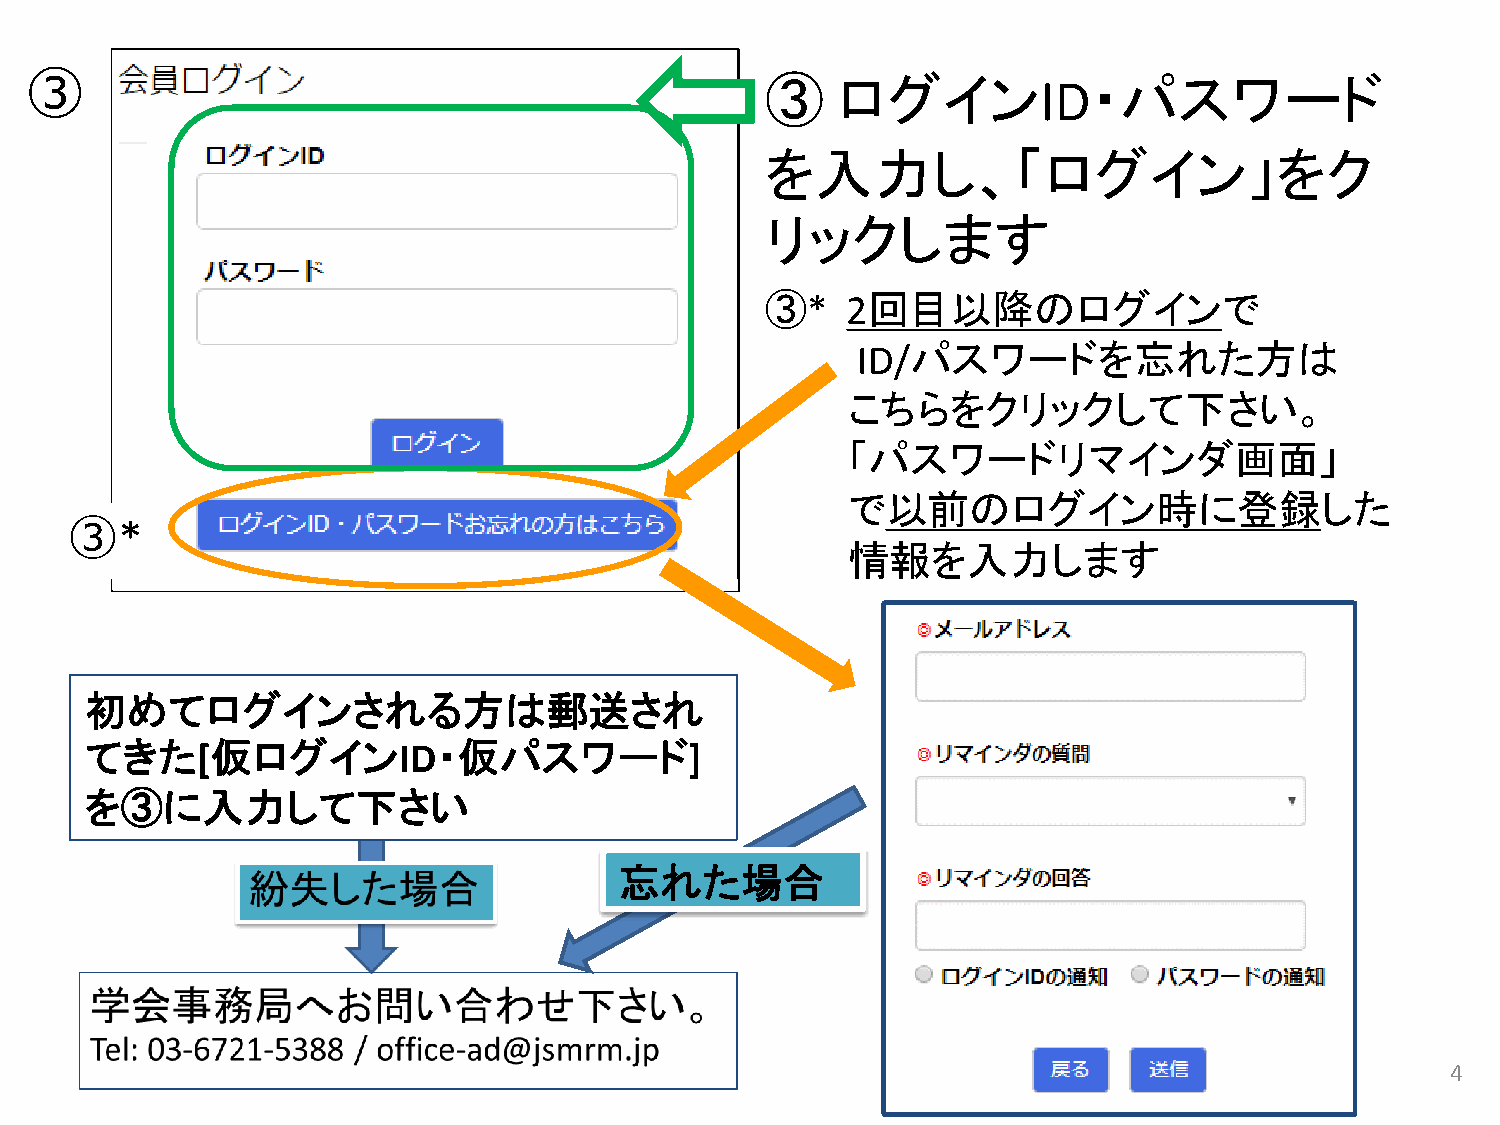
③
 ③   ログイン             ・パスワード
 ID
 を入力し、「ログイン」をク
 リックします
 ③*   2回目以降のログインで
 ID/パスワードを忘れた方は
 こちらをクリックして下さい。
 「パスワードリマインダ画面」
 で以前のログイン時に登録した
 ③
 *
 情報を入力します
 初めてログインされる方は郵送され
 てきた[仮ログインID・仮パスワード]
 を③に入力して下さい
 忘れた場合
 4